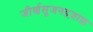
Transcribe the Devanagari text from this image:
जीर्णसूजनइज़ाफ़